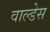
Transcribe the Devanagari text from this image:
वाल्डेस